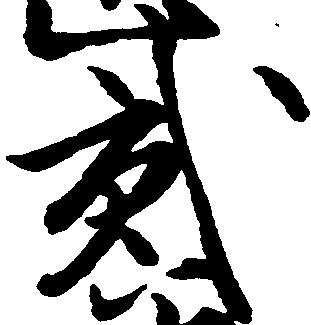
弐